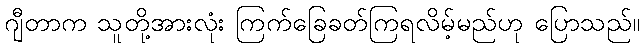
ဂျီတာက သူတို့အားလုံး ကြက်ခြေခတ်ကြရလိမ့်မည်ဟု ပြောသည်။